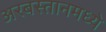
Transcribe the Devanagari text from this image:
अरबस्तानमध्ये